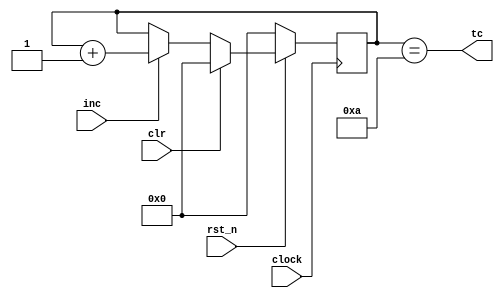
// an iteresting thing here is that we are testing two
// different controllers but the datapath is the same in
// both cases; we only need to build it once
module datapath (
  input rst_n, clock,
  input clr, inc,
  output tc
);

  // I've chosen not to make the count value an output so
  // it gets declared here; it's type reg because it's on
  // the LHS in a procedural block
  //
  // since the procedural block, in this case, is a clocked
  // procedural block it does become flop flops
  reg [3:0] count;

  // simple priority chain of muxes that allow for clearing
  // and incrementing; if neither are asserted then the
  // value will stay the same
  always @( posedge clock )
    if( !rst_n )
      count <= 0;
    else
      if( clr )
        count <= 0;
      else
        if( inc )
          count <= count + 1;
        else
          count <= count;

  // rather than place the tc output inside the procedural
  // block I make the comparison here; recall that the ==
  // performs a logical comparison and produces a logical
  // result; the logical result is a single bit quantity
  // that has a numeric equivalent of 0/1 that is assigned
  // to tc
  assign tc = (count == 10);

endmodule